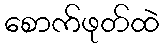
စောက်ဖုတ်ထဲ